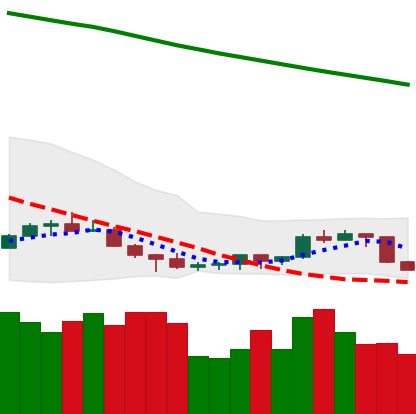
Ticker: NEO-USD
Chart end date: 2022-07-12
Forward return: 15.157%
Label: up_7plus